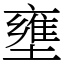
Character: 壅